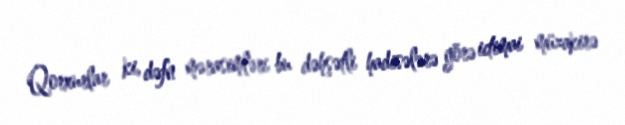
Qorxurlar ki, dəfn mərasimləri bu dəhşətli hadisələrə görə ictimai müzakirə